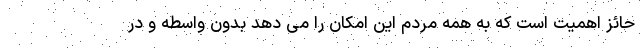
حائز اهمیت است که به همه مردم این امکان را می دهد بدون واسطه و در